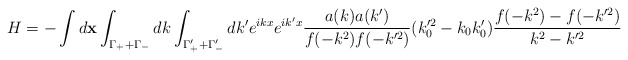
\begin{align*}H=-\int d{\bf x}\int_{\Gamma_+ +\Gamma_-} dk\int_{\Gamma_+' +\Gamma_-'}dk' e^{ikx}e^{ik'x}\frac{a(k)a(k')}{f(-k^2)f(-k'^2)}(k_0'^2-k_0 k_0')\frac{f(-k^2)-f(-k'^2)}{k^2-k'^2}\end{align*}